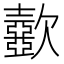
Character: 𣤼